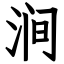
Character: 涧